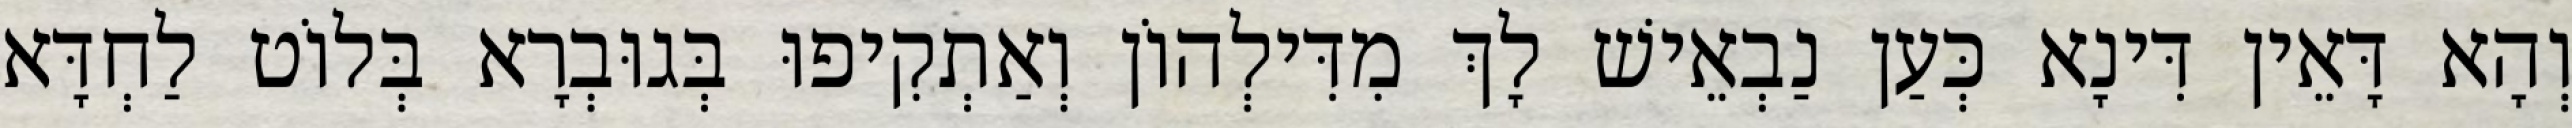
וְהָא דָּאֵין דִּינָא כְּעַן נַבְאֵישׁ לָךְ מִדִּילְהוֹן וְאַתְקִיפוּ בְּגוּבְרָא בְּלוֹט לַחְדָּא